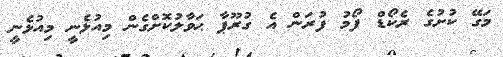
މަގޭ ކުށުގެ ރެކޯޑް ފޯމު ފުރަން އެ ގުރޫޕާ ޙަވާލުކޮށްގެން މިއުޅެނީ މިއުޅެނީ